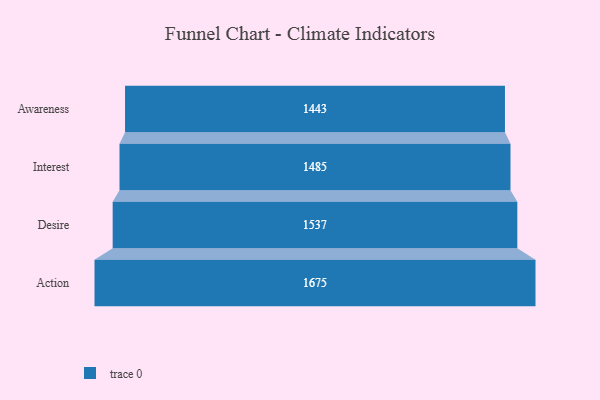
{"axis": {"x": "Stage", "y": "Value"}, "legend": [""], "data": [{"x": "Awareness", "y": 1443.0, "type": ""}, {"x": "Interest", "y": 1485.0, "type": ""}, {"x": "Desire", "y": 1537.0, "type": ""}, {"x": "Action", "y": 1675.0, "type": ""}]}